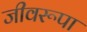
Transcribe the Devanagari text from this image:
जीवरूपा